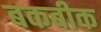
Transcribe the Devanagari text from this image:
बकबीक